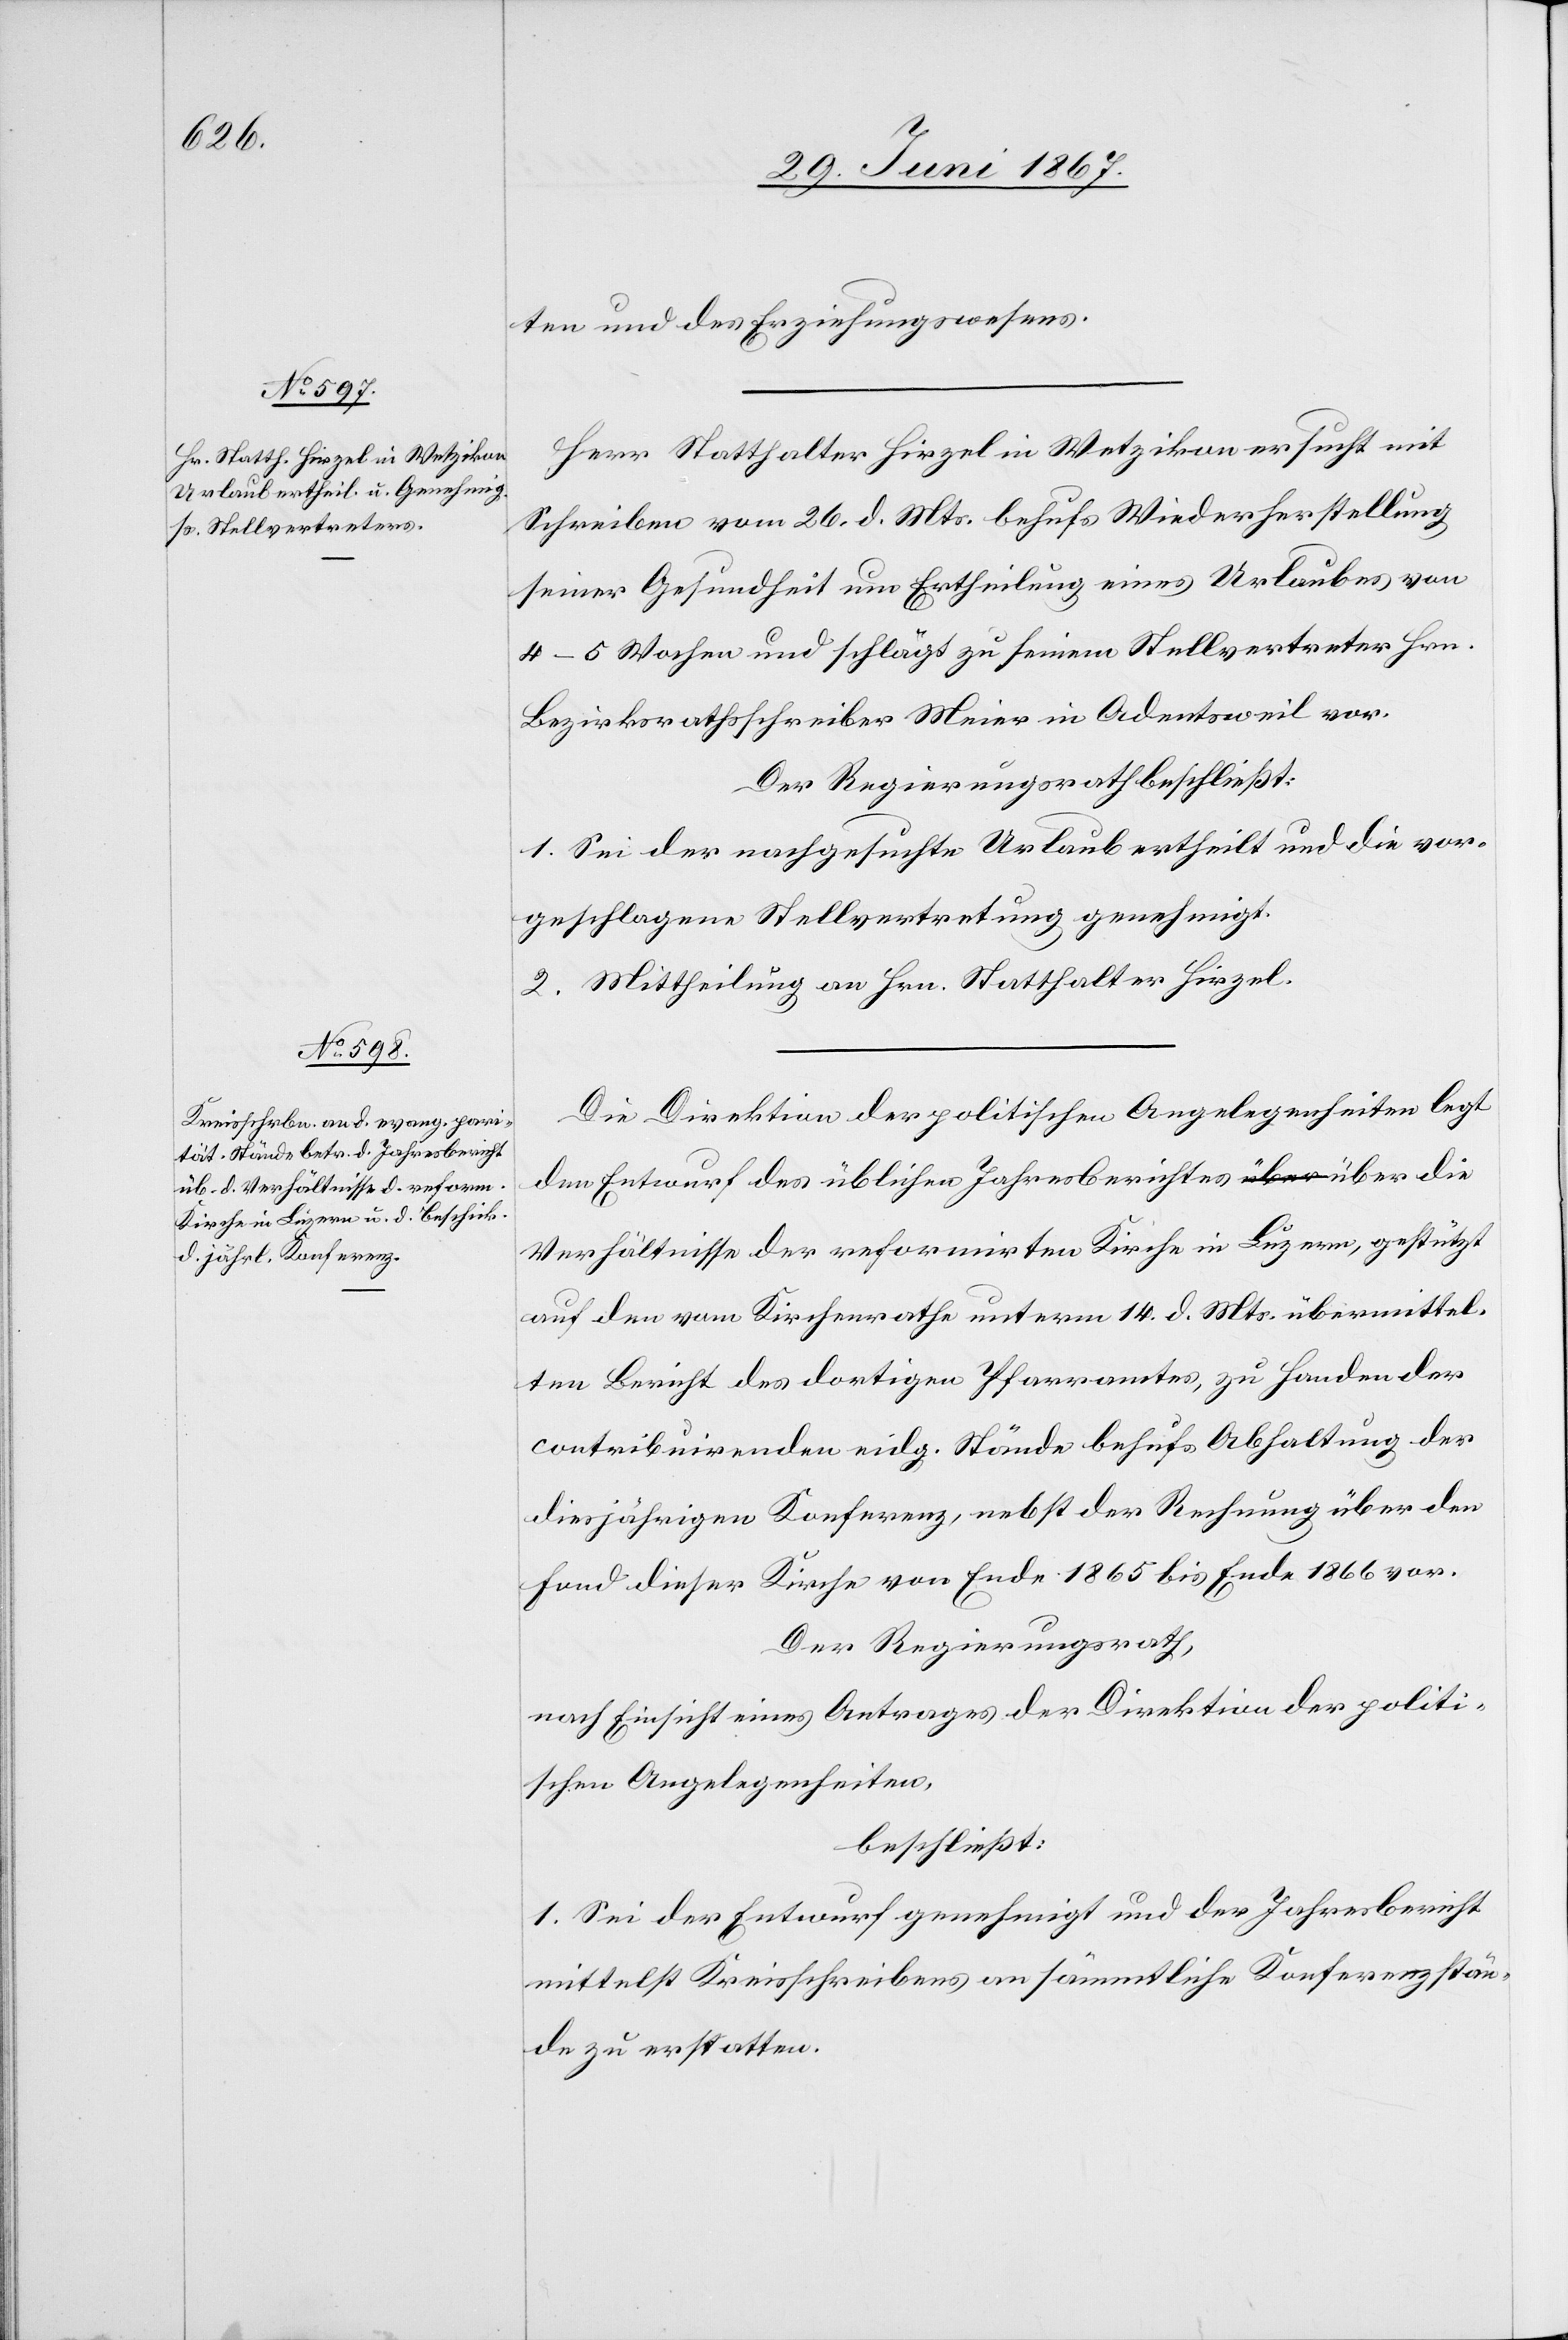
ten und der Erziehungswesens.
Herr Statthalter Hirzel in Wetzikon ersucht mit
Schreiben vom 26. d. Mts. behufs Wiederherstellung
seiner Gesundheit um Ertheilung eines Urlaubes von
4–5 Wochen und schlägt zu seinem Stellvertreter Hrn.
Der Regierungsrath beschließt:
1. Sei der nachgesuchte Urlaub ertheilt und die vor¬
geschlagene Stellvertretung genehmigt.
2. Mittheilung an Hrn. Statthalter Hirzel.
Die Direktion der politischen Angelegenheiten legt
den Entwurf des üblichen Jahresberichtes über die
Verhältnisse der reformirten Kirche in Luzern, gestützt
auf den vom Kirchenrathe unterm 14. d. Mts. übermittel¬
ten Bericht des dortigen Pfarramtes, zu Handen der
contribuirenden eidg. Stände behufs Abhaltung der
diesjährigen Konferenz, nebst der Rechnung über den
Fond dieser Kirche von Ende 1865 bis Ende 1866 vor.
Der Regierungsrath,
Nach Einsicht eines Antrages der Direktion der politi¬
schen Angelegenheiten,
beschließt:
1. Sei der Entwurf genehmigt und der Jahresbericht
mittelst Kreisschreibens an sämmtliche Konferenzstän¬
de zu erstatten.